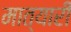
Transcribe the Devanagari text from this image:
मात्यारी